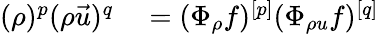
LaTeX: \begin{array}{rl}{(\rho)^{p}(\rho\vec{u})^{q}}&{{}=(\Phi_{\rho}f)^{[p]}(\Phi_{\rho u}f)^{[q]}}\end{array}